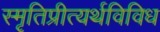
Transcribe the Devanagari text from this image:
स्मृतिप्रीत्यर्थविविध